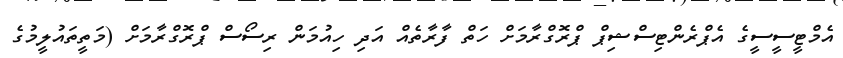
އެމްޓީސީސީގެ އެޕްރެންޓިސްޝިޕް ޕްރޮގްރާމަށް ހަތް ފާރާތެއް އަދި ހިއުމަން ރިސޯސް ޕްރޮގްރާމަށް (މަތީތައުލީމުގެ